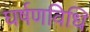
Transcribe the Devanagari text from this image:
घर्षणविधि